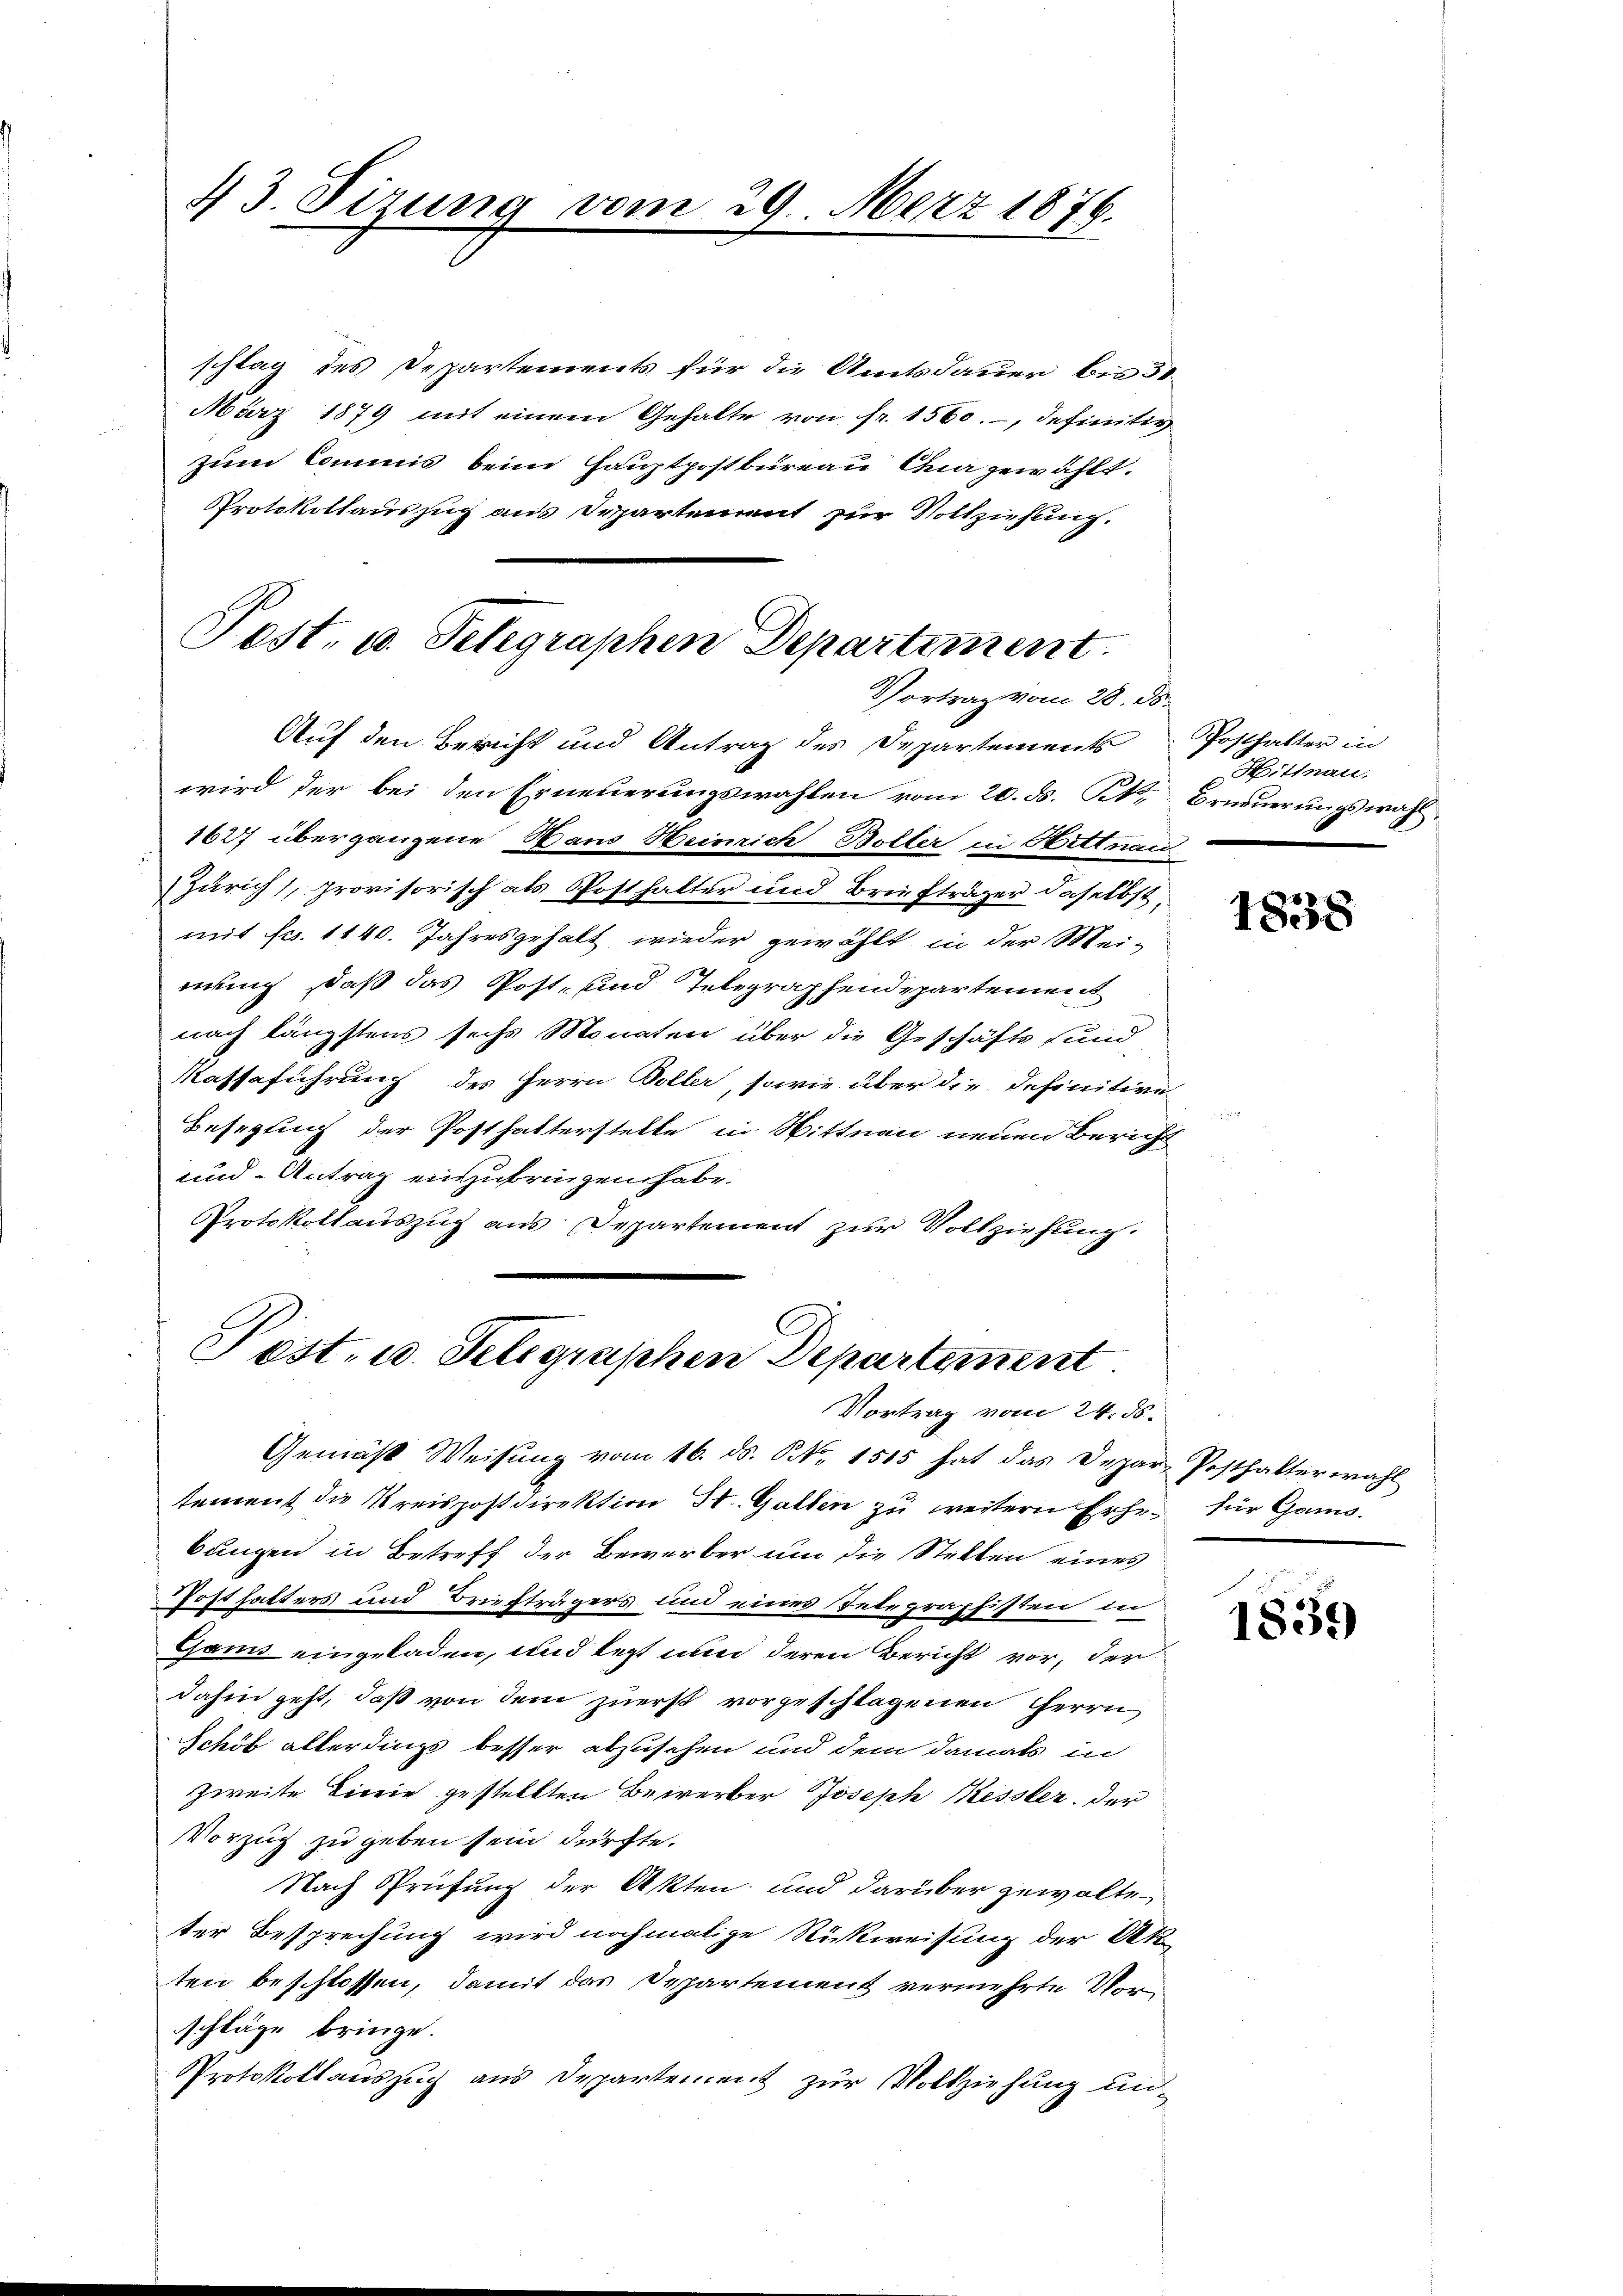
43. Sizung vom 29. März 1876.

schlag des Departements für die Amtsdauer bis 51
März 1879 mit einem Gehalte von fr. 1560.-, definitiv
zum Commis beim Hauptpostbureau Chur gewählt.
Protokollauszug aus Departement zur Vollziehung.

Pest. u. Telegraphen Departement
Vortrag vom 28. ds.
Auf den Bericht und Antrag des Departements Posthalter in

wird der bei den Erneŭerŭngswahlen vom 20. ds. Kk. Erneŭerŭngswahl
1627 übergangene Haus Heinrich Bolter in Hittnau
Zürich), provisorisch als Posthalter und Briefträger daselbst,
mit Fr. 1140. Jahresgehalt wieder gewählt, in der Mei-
nung, daß das Post- und Telegraphendepartement
nach längstens sechs Monaten über die Geschäfts und
Kassaführung des Herrn Boller, sowie über die definitive
Besegung der Posthalterstelle in Wittnau neuen Bericht
und Antrag einzubringen habe.
Protokollauszug aus Departement zur Vollziehung.

Pest. u. Telegraphen Departement
Vortrag vom 24. ds.

Gemäss Weisung vom 16. ds. N. 1515 hat das Depar-Posthalterwahl
tement die Kreispostdirektion St. Gallen zu weitern Erhe für Gan
bungen in Betreff der Bewerber um die Stellen eines
Posthalters und Briefträgers und eines Telegraphisten in
Gans eingeladen, und legt nun deren Bericht vor, der
dahin geht, daß von dem zuerst vorgeschlagenen Herrn
Schöb allerdings besser abzusehen und dem damals in
zweite Linie gestellten Bewerber Joseph Kessler, der
Vorzug zu geben sein dürfte.
Nach Sprüfung der Akten und darüber gewalte
ter Besprechung wird nochmalige Rückweisung der Ak
ten beschlossen, damit das Departement vermehrte Vorschläge bringe.
Protokollauszug aus Departement zur Vollziehung un-

Hittnau.

1838

1835